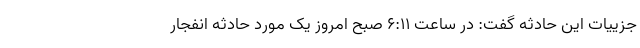
جزییات این حادثه گفت: در ساعت ۶:۱۱ صبح امروز یک مورد حادثه انفجار